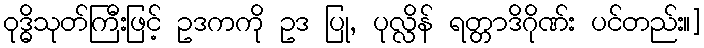
ဝုဒ္ဓိသုတ်ကြီးဖြင့် ဥဒကကို ဥဒ ပြု, ပုလ္လိန် ရတ္တာဒိဂိုဏ်း ပင်တည်း။]